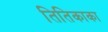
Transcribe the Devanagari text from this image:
तितिकाका